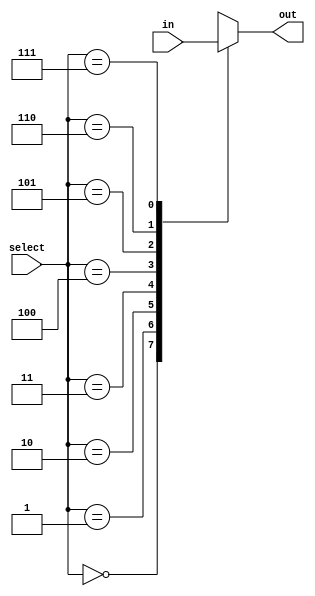
module Mux_81(input [7:0] in, input [2:0] select, output reg out);

	always @* begin
		case(select)
		3'b000 : out = in[7];
		3'b001 : out = in[6];
		3'b010 : out = in[5];
		3'b011 : out = in[4];
		
		3'b100 : out = in[3];
		3'b101 : out = in[2];
		3'b110 : out = in[1];
		3'b111 : out = in[0];
		endcase
	end
endmodule